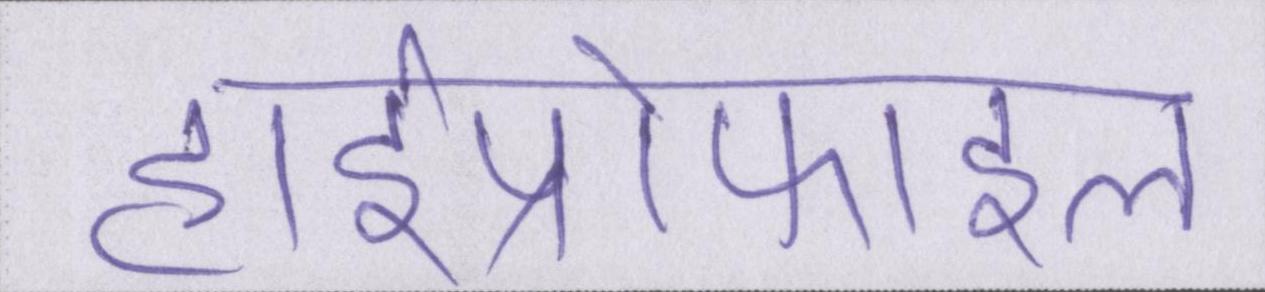
हाईप्रोफाइल